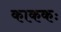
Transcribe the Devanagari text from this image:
काककः